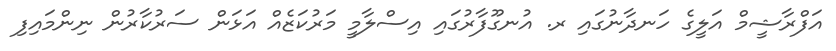
އަފްރާޝީމް އަލީގެ ހަނދާނުގައި ރ. އުނގޫފާރުގައި އިސްލާމީ މަރުކަޒެއް އަޅަން ސަރުކާރުން ނިންމައިފި